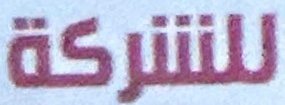
للشركة